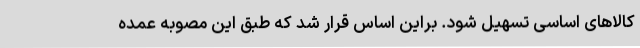
کالاهای اساسی تسهیل شود. براین اساس قرار شد که طبق این مصوبه عمده